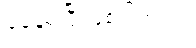
ခံနေရပြီ ဖြစ်ပါတယ်။